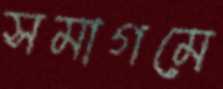
সমাগমে